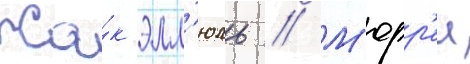
Жа́к элл'юль // М'юрр'еи